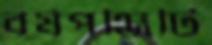
বর্ষপঞ্জিটি